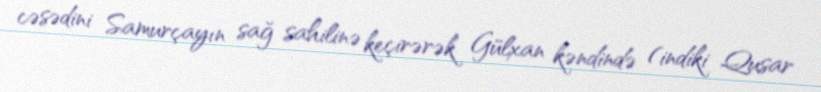
cəsədini Samurçayın sağ sahilinə keçirərək Gülxan kəndində (indiki Qusar